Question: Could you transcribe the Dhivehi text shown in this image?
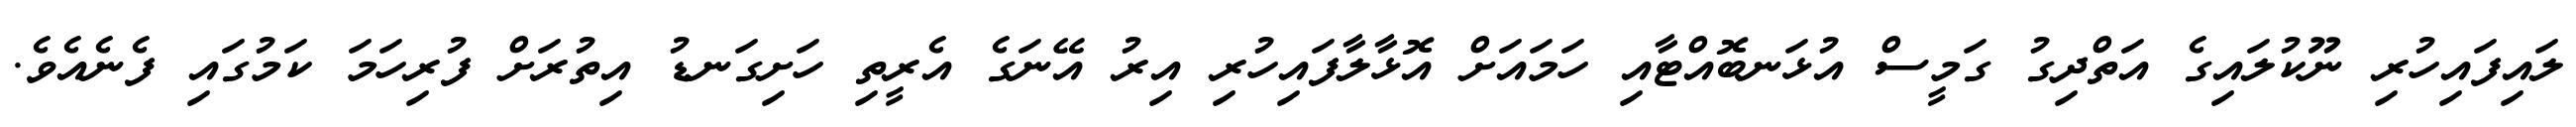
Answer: ލައިފައިހުރި ނޫކުލައިގެ އަތްދިގު ގަމީސް އުޅަނބޮއްޓާއި ހަމައަށް އޮޅާލާފައިހުރި އިރު އޭނަގެ އެރީތި ހަށިގަނޑު އިތުރަށް ފުރިހަމަ ކަމުގައި ފެނެއެވެ.